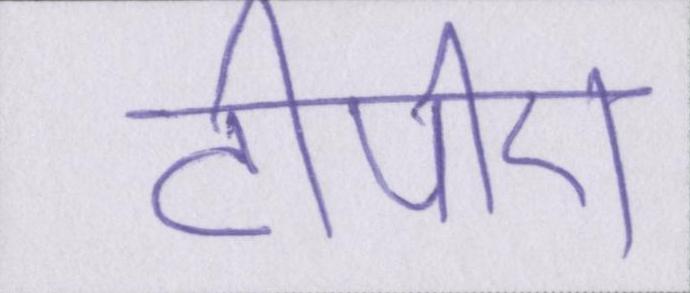
टीपीए